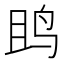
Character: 𱉘